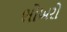
ભોખરો